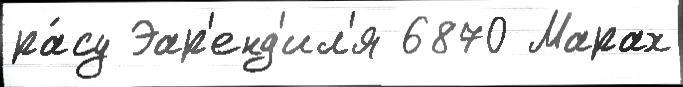
ра́су Эар'енд'ил'я 6870 Марах